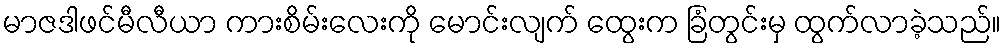
မာဇဒါဖင်မီလီယာ ကားစိမ်းလေးကို မောင်းလျက် ထွေးက ခြံတွင်းမှ ထွက်လာခဲ့သည်။